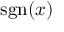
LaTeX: \operatorname { s g n } ( x )